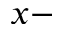
x -